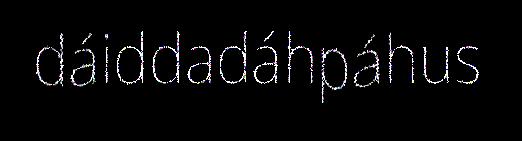
dáiddadáhpáhus